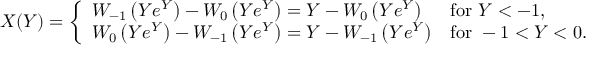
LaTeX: X ( Y ) = { \left\{ \begin{array} { l l } { W _ { - 1 } \left( Y e ^ { Y } \right) - W _ { 0 } \left( Y e ^ { Y } \right) = Y - W _ { 0 } \left( Y e ^ { Y } \right) } & { { \mathrm { f o r ~ } } Y < - 1 , } \\ { W _ { 0 } \left( Y e ^ { Y } \right) - W _ { - 1 } \left( Y e ^ { Y } \right) = Y - W _ { - 1 } \left( Y e ^ { Y } \right) } & { { \mathrm { f o r ~ } } - 1 < Y < 0 . } \end{array} \right. }